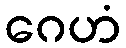
ဂေဟံ